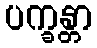
ပက္ခန္တာ